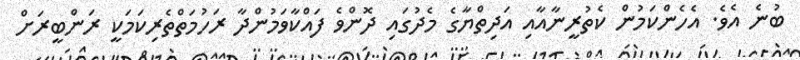
ބުނެ އެެވެ. އެހެންކަމުން ކެތުރީނާއާއި އަދިތްޔާގެ މެދުގައި ދޮންވެ ފައްކާވަމުންދާ ރަހުމަތްތެރިކަމަކީ ރަންބީރަށް